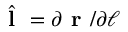
\hat { \textbf { l } } = \partial \textbf { r } / \partial \ell